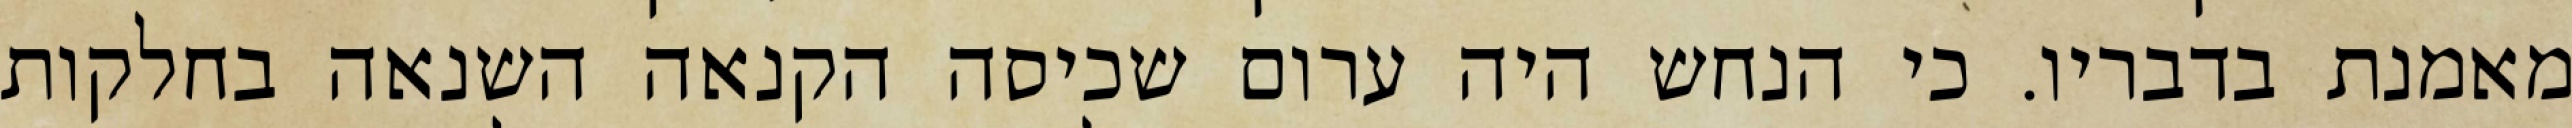
מאמנת בדבריו. כי הנחש היה ערום שכיסה הקנאה השנאה בחלקות